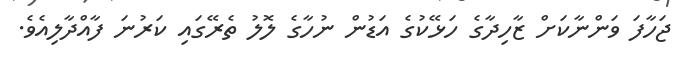
ޖަހާފަ ވަންނާކަށް ޒާހިދާގެ ހަޅޭކުގެ އަޑުން ނުހާގެ ލޮލު ތެރޭގައި ކަރުނަ ފާއްދާލިއެވެ.